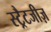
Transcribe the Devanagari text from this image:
स्ट्रैटजीज़